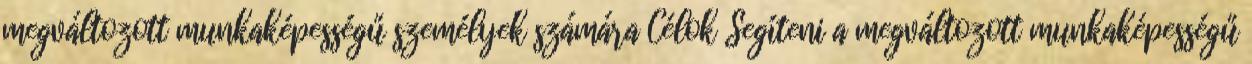
megváltozott munkaképességű személyek számára Célok Segíteni a megváltozott munkaképességű